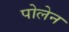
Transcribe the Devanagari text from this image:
पोलेन